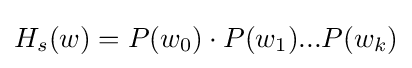
H_{s}(w)=P(w_{0})\cdot P(w_{1})...P(w_{k})